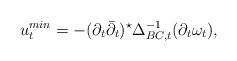
LaTeX: \begin{align*}u_t ^{min}= -(\partial_t \bar\partial_t)^{\star}\Delta_{BC, t}^{-1} (\partial_t \omega_t),\end{align*}